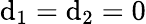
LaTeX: \mathrm{d}_{1}=\mathrm{d}_{2}=0